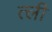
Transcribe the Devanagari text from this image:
त्ली